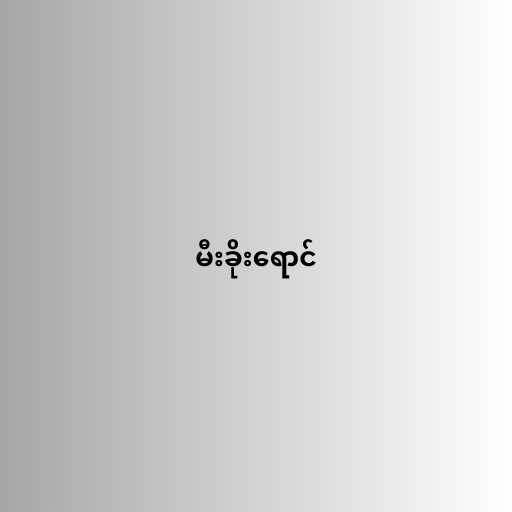
မီးခိုးရောင်